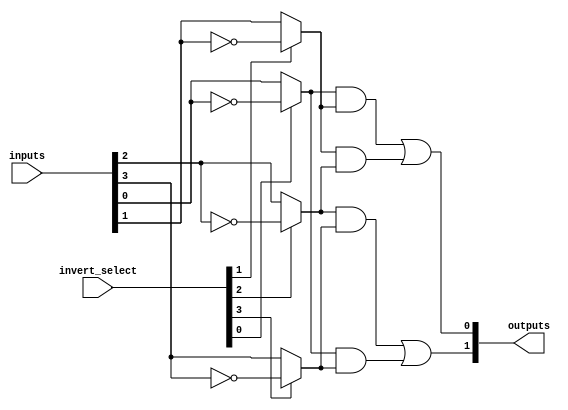
module jewel_pal (
    input wire [N-1:0] inputs,         // N-bit input vector
    input wire [N-1:0] invert_select,   // Control signals for inverting inputs
    output wire [M-1:0] outputs         // M-bit output vector
);

// Parameters
parameter N = 4; // Number of inputs
parameter M = 2; // Number of outputs
parameter P = 4; // Number of programmable AND gates

// Internal wires for the inverted inputs
wire [N-1:0] inverted_inputs;
genvar i;
generate
    for (i = 0; i < N; i = i + 1) begin: invert
        assign inverted_inputs[i] = invert_select[i] ? ~inputs[i] : inputs[i];
    end
endgenerate

// Programmable AND Array
wire [P-1:0] and_outputs;

// Example connections for AND gates (this would be programmed)
assign and_outputs[0] = inverted_inputs[0] & inverted_inputs[1]; // Example AND gate 1
assign and_outputs[1] = inverted_inputs[1] & inverted_inputs[2]; // Example AND gate 2
assign and_outputs[2] = inverted_inputs[2] & inverted_inputs[3]; // Example AND gate 3
assign and_outputs[3] = inverted_inputs[0] & inverted_inputs[3]; // Example AND gate 4

// Fixed OR Array
assign outputs[0] = and_outputs[0] | and_outputs[1]; // Output 1
assign outputs[1] = and_outputs[2] | and_outputs[3]; // Output 2

endmodule